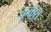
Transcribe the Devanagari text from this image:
कूकैश